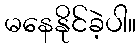
မနေနိုင်ခဲ့ပါ။